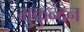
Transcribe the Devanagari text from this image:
मुकुन्दन